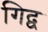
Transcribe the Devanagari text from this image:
गिद्व